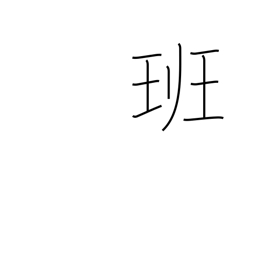
Meaning: squad